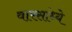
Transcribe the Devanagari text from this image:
वारसांध्ये